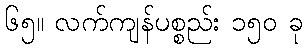
၆၅။ လက်ကျန်ပစ္စည်း ၁၅၀ ခု